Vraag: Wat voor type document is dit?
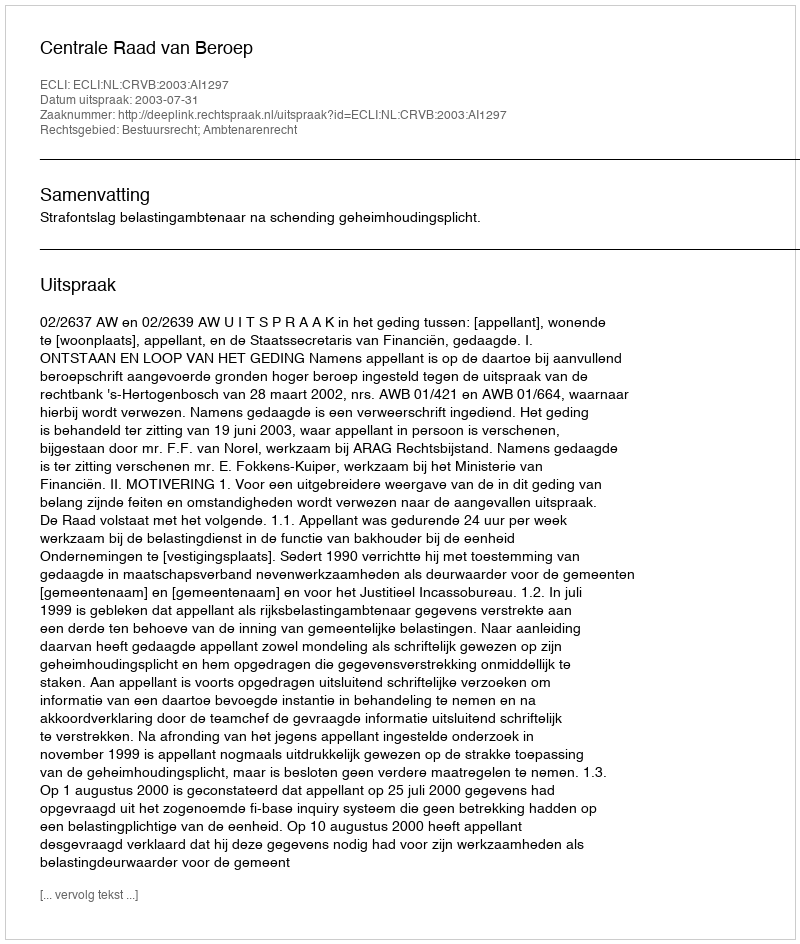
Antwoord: Uitspraak